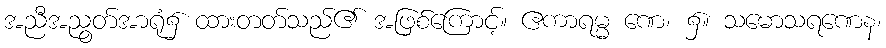
အညီအညွတ်အာရုံ၌ ထားတတ်သည်၏ အဖြစ်ကြောင့်။ ဧကာရမ္မ ဏေ၊ ၌။ သမောသရဏေန၊